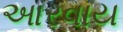
આરવાય